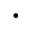
\cdot